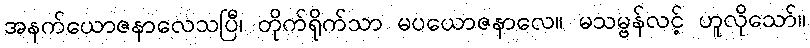
အနက်ယောဇနာလေသပြီ၊ တိုက်ရိုက်သာ မပယောဇနာလေ။ မသမ္ဗန်လင့် ဟူလိုသော်။